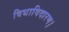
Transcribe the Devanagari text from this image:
विधाविदारण।